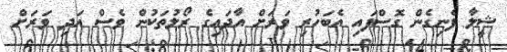
ޝީލާ ފެނިގެން ގޮސްފައި އެބަހުރި ވަރަށް އާދައިގެ ރޯލުތަކުން ވެސް އަދި ވަރަށް